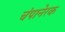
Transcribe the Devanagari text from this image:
चंपानेरक